Indian journal of veterinary science and animal husbandry - Volumes 26-27, 1956-1957
Year: 1956
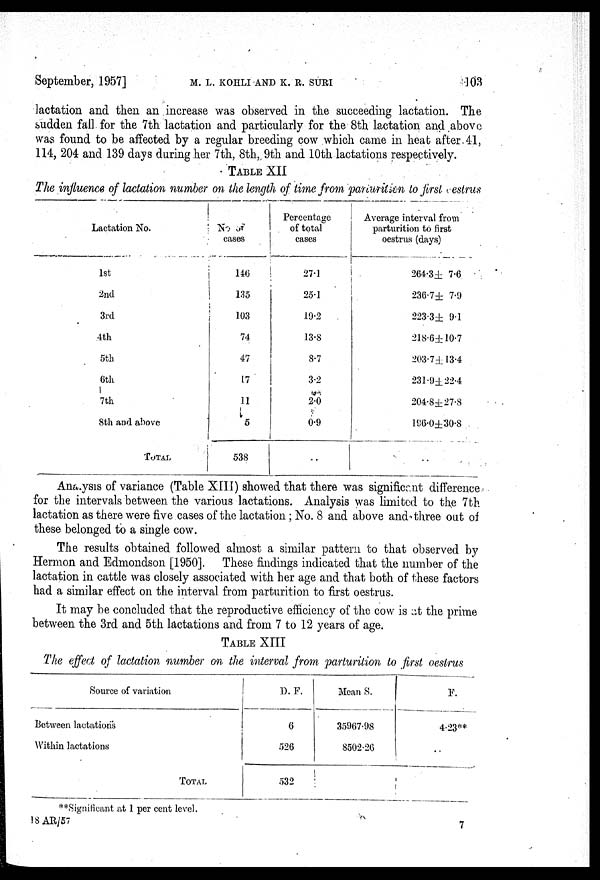
September, 1957]
M.
L.
KOHLI
AND
K.
R.
SURI
103
lactation and then an increase was observed in the succeeding lactation. The
sudden fall for the 7th lactation and particularly for the 8th lactation and above
was found to be affected by a regular breeding cow which came in heat after 41,
114, 204 and 139 days during her 7th, 8th, 9th and 10th lactations respectively.
TABLE XII
The influence of lactation number on the length of time from parcuition to first vestrus
Lactation No.
1st
2nd
3rd
4th
5th
6th
7th
8th and above
TOTAL
No of
cases
146
135
103
74
47
17
11
5
538
Percentage
of total
cases
27.1
25.1
19.2
13.8
8.7
3.2
2.0
0.9
Average interval from
parturition to first
oestrus (days)
264.3± 7.6
236.7± 7.9
223.3± 9.1
218.6± 10.7
203.7±13.4
231.9± 22.4
204.8±27.8
196.0±30.8
Analysis of variance (Table XIII) showed that there was significant difference
for the intervals between the various lactations. Analysis was limited to the 7th
lactation as there were five cases of the lactation ; No. 8 and above and three out of
these belonged to a single cow.
The results obtained followed almost a similar pattern to that observed by
Hermon and Edmondson [1950]. These findings indicated that the number of the
lactation in cattle was closely associated with her age and that both of these factors
had a similar effect on the interval from parturition to first oestrus.
It may be concluded that the reproductive efficiency of the cow is at the prime
between the 3rd and 5th lactations and from 7 to 12 years of age.
TABLE XIII
The effect of lactation number on the interval from parturition to first oestrus
Source of variation
Between lactations
Within lactations
TOTAL
D. F.
6
526
532
Mean 8.
35967.98
8502.26
F.
4.23**
..
**Significant at 1 per cent level.
18 AR/57
7